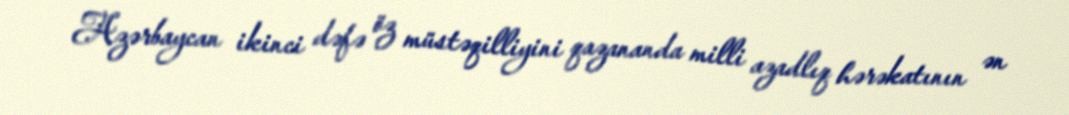
Azərbaycan ikinci dəfə öz müstəqilliyini qazananda milli azadlıq hərəkatının ən